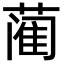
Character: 蔺